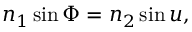
n _ { 1 } \sin \Phi = n _ { 2 } \sin u ,